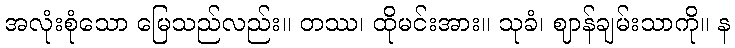
အလုံးစုံသော မြေသည်လည်း။ တဿ၊ ထိုမင်းအား။ သုခံ၊ ဈာန်ချမ်းသာကို။ န